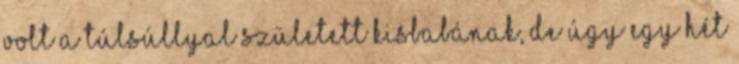
volt a túlsúllyal született kisbabának, de úgy egy hét